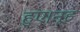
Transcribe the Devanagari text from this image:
हुए।नूह